Subject: math
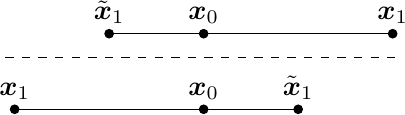
LaTeX code:
\begin{tikzpicture}[scale=1.2]
\coordinate (A) at (0,0);
\coordinate (B) at (1,0);
\coordinate (C) at (3,0);
\filldraw (A) circle (0.045) node[above]{$\tilde{\boldsymbol{x}}_{1}$};
\filldraw (B) circle (0.045) node[above]{$\boldsymbol{x}_{0}$};
\filldraw (C) circle (0.045) node[above]{$\boldsymbol{x}_{1}$};
\draw (A) -- (B);
\draw (B) -- (C);

\draw[dashed] (-1.1,-0.25) -- (3.1,-0.25);

\coordinate (D) at (-1,-0.8);
\coordinate (E) at (1,-0.8);
\coordinate (F) at (2,-0.8);
\filldraw (D) circle (0.045) node[above]{${\boldsymbol{x}}_{1}$};
\filldraw (E) circle (0.045) node[above]{$\boldsymbol{x}_{0}$};
\filldraw (F) circle (0.045) node[above]{$\tilde{\boldsymbol{x}}_{1}$};
\draw (D) -- (E);
\draw (E) -- (F);

\end{tikzpicture}